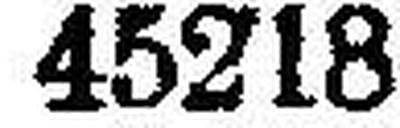
45218